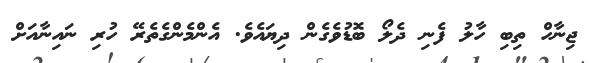
ޖިނާހް ތިބި ހާލު ފެނި ދެލޯ ބޮޑުވެގެން ދިޔައެވެ. އެންމެންގެތެރޭ ހުރި ނައިނާއަށް